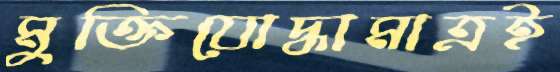
মুক্তিযোদ্ধামাত্রই